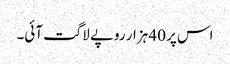
اس پر 40 ہزار روپے لاگت آئی۔